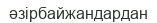
әзірбайжандардан